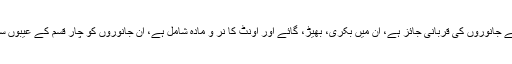
قربانی کا جانور: 8/ قسم کے جانوروں کی قربانی جائز ہے، ان میں بکری، بهیڑ، گائے اور اونٹ کا نر و مادہ شامل ہے، ان جانوروں کو چار قسم کے عیبوں سے پاک ہونا ضروری ہے ۔